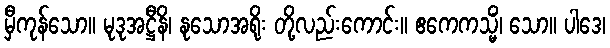
မှီကုန်သော။ မုဒုအဋ္ဌီနိ၊ နုသောအရိုး တို့လည်းကောင်း။ ဧကေကသ္မိံ၊ သော။ ပါဒေ၊